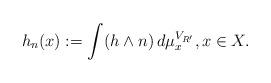
LaTeX: \begin{align*}h_n(x) :=\int (h\wedge n)\,d\mu_x^{V_{R'}}, x\in X. \end{align*}